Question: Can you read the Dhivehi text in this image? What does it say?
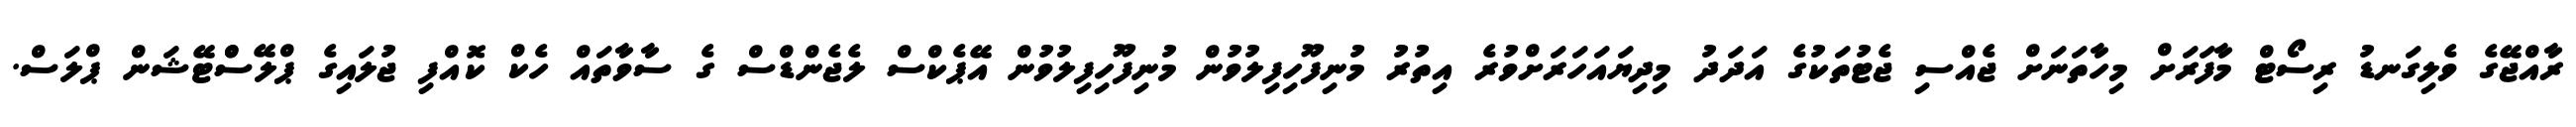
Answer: ރާއްޖޭގެ ވެލިގަނޑު ރިސޯޓް މާފަރަށް މިހާތަނަށް ޖެއްސި ޖެޓުތަކުގެ އަދަދު މިދިޔައަހަރަށްވުރެ އިތުރު މުނިފޫހިފިލުވުން މުނިފޫހިފިލުވުން އޭޕެކްސް ލެޖެންޑްސް ގެ ސާވާތައް ހެކް ކޮއްފި ޖުލައިގެ ޕްލޭސްްޓޭޝަން ޕްލަސް.